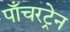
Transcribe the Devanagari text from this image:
पाँचरट्रेन